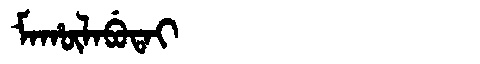
Manchu: ᠮᠠᡥᡡᠯᠠᠪᡠᡨᠠᡳ
Romanization: MAHŪLABUTAI